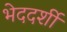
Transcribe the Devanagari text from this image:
भेददर्शी